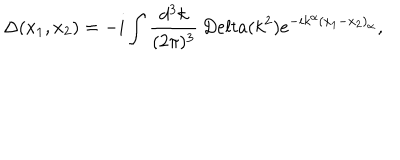
LaTeX: \Delta ( x _ { 1 } , x _ { 2 } ) = - i \int \frac { d ^ { 3 } k } { ( 2 \pi ) ^ { 3 } } \, D e l t a ( k ^ { 2 } ) e ^ { - i k ^ { \alpha } ( x _ { 1 } - x _ { 2 } ) _ { \alpha } } ,